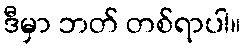
ဒီမှာ ဘတ် တစ်ရာပါ။